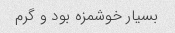
بسیار خوشمزه بود و گرم